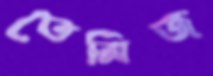
তেমিজ